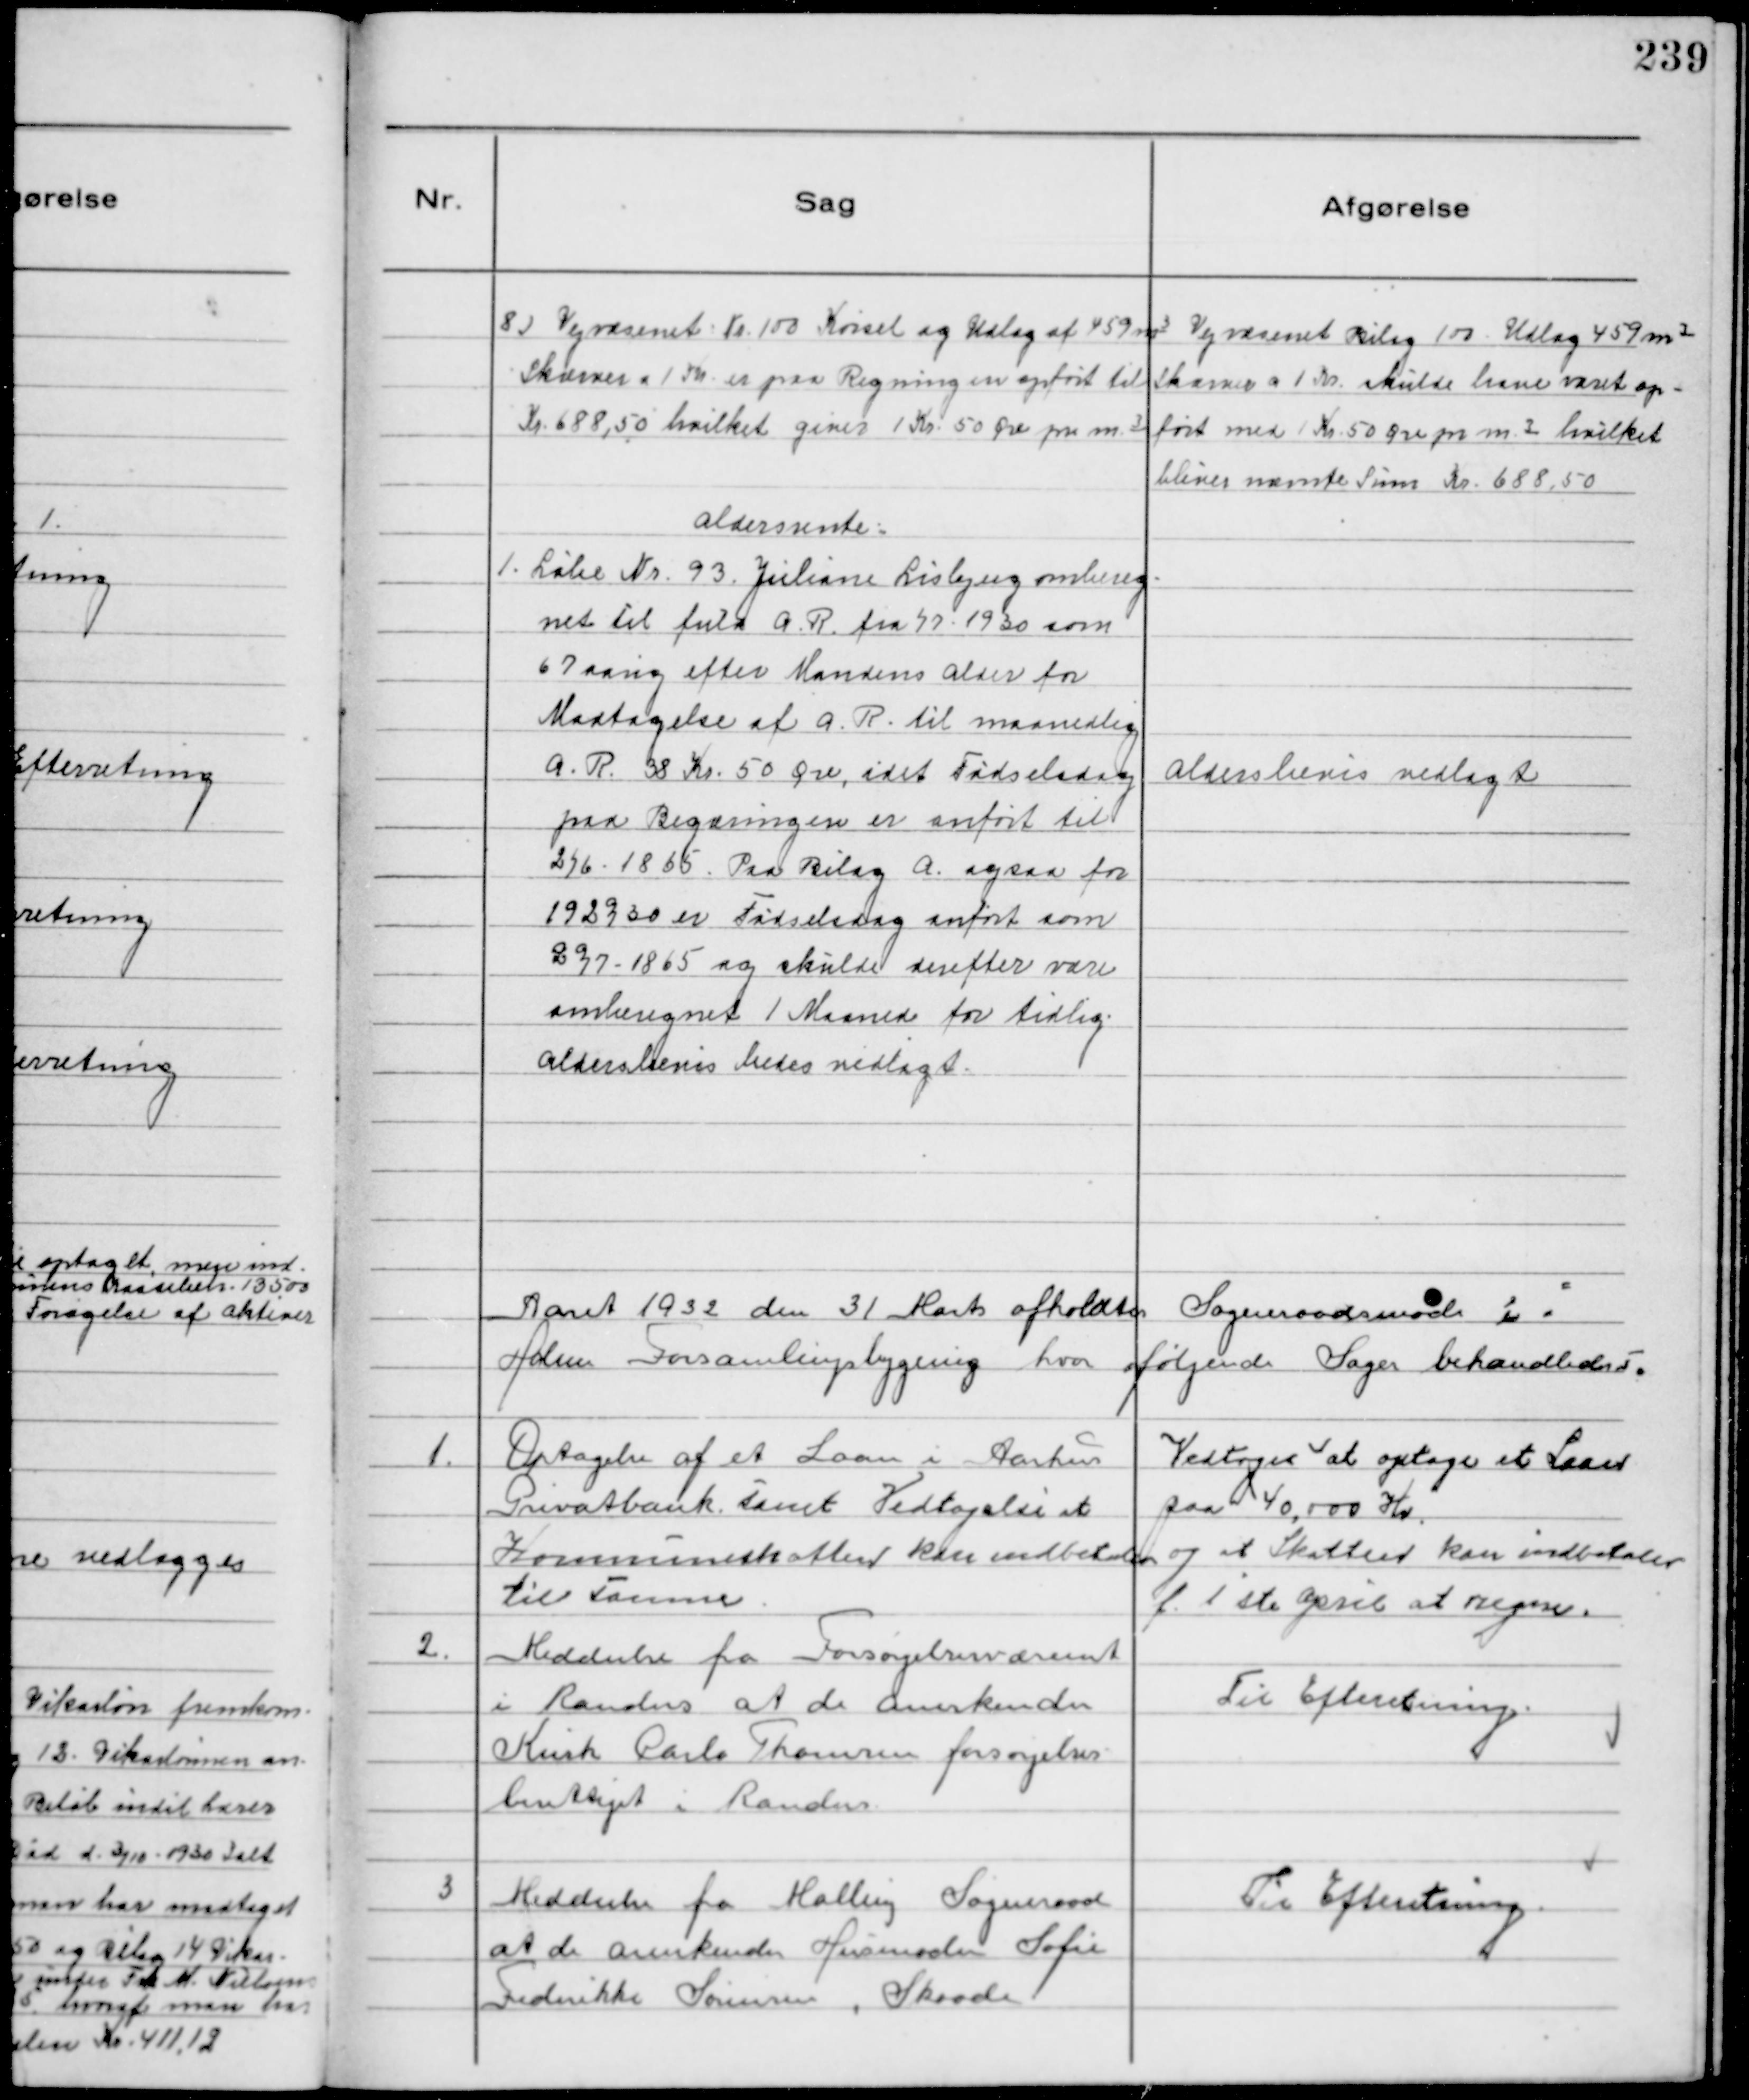
Transskription:
8)Vejvæsenet Nr.100 Kørsel og Udlæg af 459 ㎥
Skærver a 1 Kr. er paa Regningen opført til
Kr. 688,50 hvilket giver 1 Kr. 50 Øre pr ㎥

Vejvæsenet Bilag 100 Udlæg 459 ㎥
Skærver a 1 Kr. skulde have været op-
ført med 1 Kr. 50 Øre pr ㎥hvilket
bliver nævnte Sum Kr. 688,50

Aldersrente:
1. Løbe Nr. 93 Juliane Lisbjerg ombereg-
net til fuld A.R. fra 2/7 1930 som
67 aarig efter Mandens Alder for
Modtagelse af A.R. til maanedlig
A.R. 38 Kr. 50 Øre, idet Fødselsdag
paa Begæringen er anført til
2/6-1865. Paa Bilag A. ogsaa for
1929/30 er Fødselsdag anført som
2/7-1865 og skulde derefter være
omberegnet 1 Maaned for tidlig.
Aldersbevis bedes vedlagt.

Aldersbevis vedlagt

Aaret 1932 den 31. Marts afholdtes Sogneraadsmøde i
Holme Forsamlingsbygning hvor følgende Sager behandledes.

1.
Optagelse af et Laan i Aarhus
Privatbank samt Vedtagelse at
Kommuneskatten atter kan indbetales
til samme

Vedtoges at optage et Laan
paa 40,000 Kr.
og at Skatten kan indbetales
f. 1ste April at regne.

2.
Meddeelse fra Forsørgelsesvæsenet
i Randers at de anerkender
Kusk Carlo Thomsen forsørgelses-
berettiget i Randers.

Til Efteretning

3
Meddeelse fra Malling Sogneraad
at de anerkender Husmoder Sofie
Frederikke Sørensen, Skaade

Til Efteretning